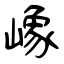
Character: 嶑